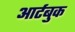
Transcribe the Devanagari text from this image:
आर्टबुक